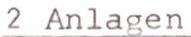
2 Anlagen